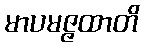
မာပမဇ္ဇထာတိ